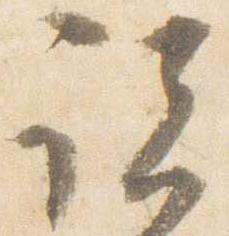
諸